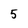
Character: 5